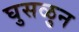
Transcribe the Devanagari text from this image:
घुसळुन